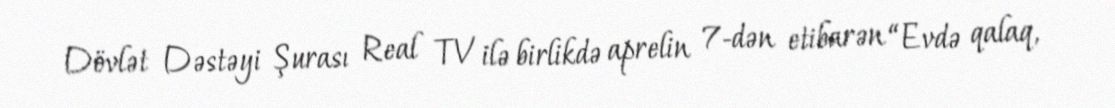
Dövlət Dəstəyi Şurası Real TV ilə birlikdə aprelin 7-dən etibarən “Evdə qalaq,